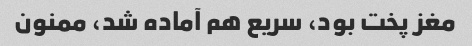
مغز پخت بود، سریع هم آماده شد، ممنون